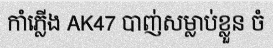
កាំភ្លើង AK47 បាញ់សម្លាប់ខ្លួន ចំ